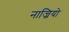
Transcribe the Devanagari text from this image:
नाज्रियो